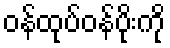
ဝန်ထုပ်ဝန်ပိုးကို